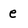
Character: e